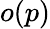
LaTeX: o(p)